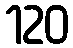
120